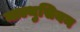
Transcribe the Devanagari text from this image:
माल्थुसियन